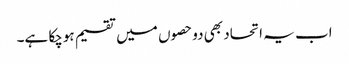
اب یہ اتحاد بھی دوحصوں میں تقسیم ہوچکا ہے۔